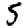
Digit: 5